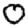
Digit: 0